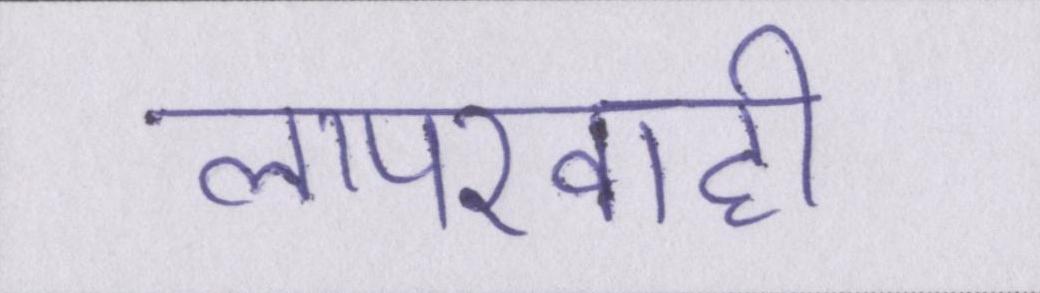
लापरवाही